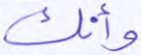
وأنك